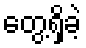
တွေ့ရှိခဲ့